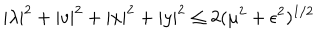
LaTeX: | \lambda | ^ { 2 } + | v | ^ { 2 } + | x | ^ { 2 } + | y | ^ { 2 } \leq 2 ( \mu ^ { 2 } + \epsilon ^ { 2 } ) ^ { 1 / 2 }